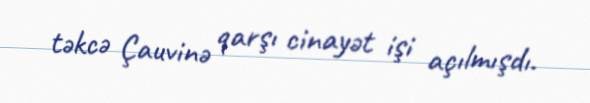
təkcə Çauvinə qarşı cinayət işi açılmışdı.